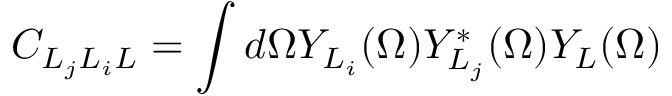
C _ { L _ { j } L _ { i } L } = \int d \Omega Y _ { L _ { i } } ( \Omega ) Y _ { L _ { j } } ^ { * } ( \Omega ) Y _ { L } ( \Omega )